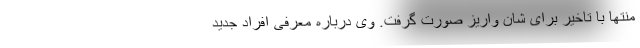
منتها با تاخیر برای شان واریز صورت گرفت. وی درباره معرفی افراد جدید